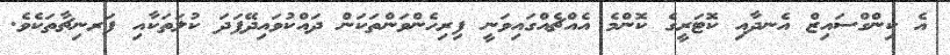
އެ ކިންގްސައިޒް އެނދާއި ކޮޓަރީގެ ކޮންމެ އެއްޗެއްގައިވަނީ ފިރިހެންވަންތަކަން ދައްކުވައިދޭފަދަ ކުލަތަކާއި ފަރނިޗާތަކެވެ.